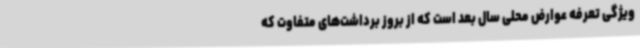
ویژگی تعرفه عوارض محلی سال بعد است که از بروز برداشت‌های متفاوت که